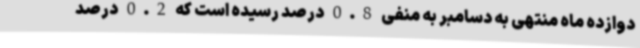
دوازده ماه منتهی به دسامبر به منفی 0.8 درصد رسیده است که 0.2 درصد